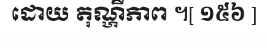
ដោយ តុណ្ហីភាព ។[ ១៥៦ ]